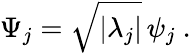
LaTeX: \Psi_{j}=\sqrt{|\lambda_{j}|}\, \psi_{j}~.